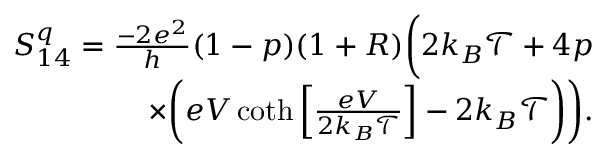
\begin{array} { r } { S _ { 1 4 } ^ { q } = \frac { - 2 e ^ { 2 } } { h } ( 1 - p ) ( 1 + R ) \bigg ( 2 k _ { B } \mathcal { T } + 4 p } \\ { \times \bigg ( e V \coth \left[ \frac { e V } { 2 k _ { B } \mathcal { T } } \right] - 2 k _ { B } \mathcal { T } \bigg ) \bigg ) . } \end{array}